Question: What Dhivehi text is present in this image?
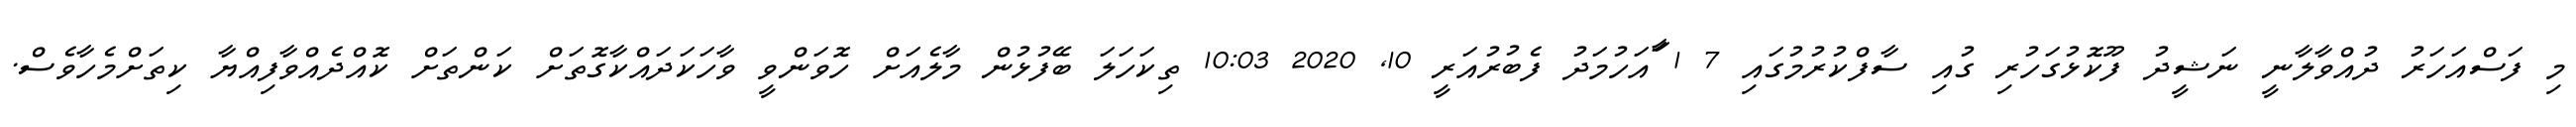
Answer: މި ފަސްއަހަރު ދުއްވާލާނީ ނަޝީދު ފޫކޮޅުގަހުރި ގުއި ސާފްކުރުމުގައި 7 1 ާައަހުމަދު ފެބުރުއަރީ 10, 2020 10:03 ތިކަހަލަ ބޭފުޅުން މާލެއަށް ހޮވަންވީ ވާހަކަދައްކާގޮތަށް ކަންތަށް ކޮއްދެއްވާފިއްޔާ ކިތަށްމެހާވެސް.